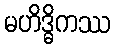
မဟိဒ္ဓိကဿ